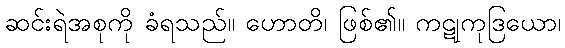
ဆင်းရဲအစုကို ခံရသည်။ ဟောတိ၊ ဖြစ်၏။ ကဋုကုဒြယော၊